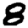
Digit: 8